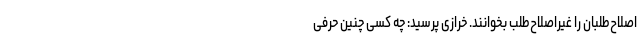
اصلاح‌طلبان را غیراصلاح‌طلب بخوانند. خرازی پرسید: چه کسی چنین حرفی